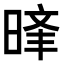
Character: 𣈝